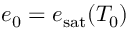
e _ { 0 } = e _ { \mathrm { s a t } } ( T _ { 0 } )